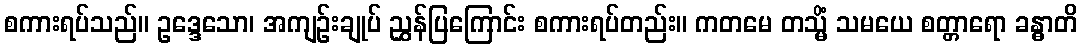
စကားရပ်သည်။ ဥဒ္ဒေသော၊ အကျဉ်းချုပ် ညွှန်ပြကြောင်း စကားရပ်တည်း။ ကတမေ တသ္မိံ သမယေ စတ္တာရော ခန္ဓာတိ